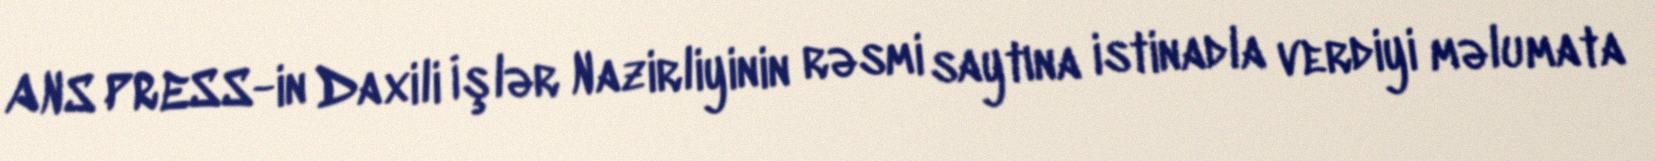
ANS PRESS-in Daxili İşlər Nazirliyinin rəsmi saytına istinadla verdiyi məlumata